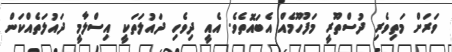
ވަރަށް މަތިވެރި ދުސްތޫރީ މަފުހޫމެއް އެބައޮތެވެ. އެއީ ދިވެހި ދައުލަތަކީ އިސްލާމީ ދައުލަތެއްކަން